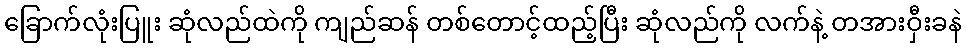
ခြောက်လုံးပြူး ဆုံလည်ထဲကို ကျည်ဆန် တစ်တောင့်ထည့်ပြီး ဆုံလည်ကို လက်နဲ့ တအားဝှီးခနဲ